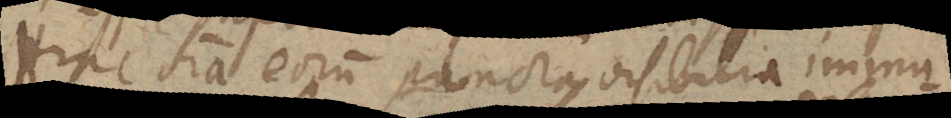
Hinc omnia eorum puncta visibilia immu-